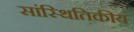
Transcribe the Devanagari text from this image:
सांस्थितिकीय